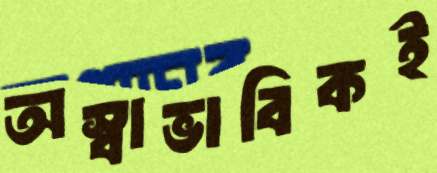
অস্বাভাবিকই